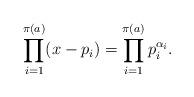
LaTeX: \begin{align*} \prod_{i = 1}^{\pi(a)} (x - p_i) = \prod_{i = 1}^{\pi(a)}p_i^{\alpha_i}. \end{align*}